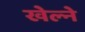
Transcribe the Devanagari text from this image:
खेल्ने